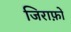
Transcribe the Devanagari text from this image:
जिराफ़ों